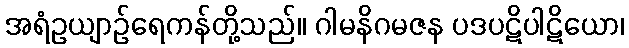
အရံဥယျာဉ်ရေကန်တို့သည်။ ဂါမနိဂမဇန ပဒပဋိပါဋိယော၊